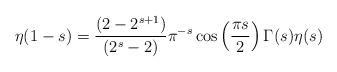
LaTeX: \begin{align*}\eta(1-s)=\frac{(2-2^{s+1})}{(2^s-2)} \pi^{-s} \cos \left( \frac{\pi s}{2} \right) \Gamma(s) \eta(s)\end{align*}